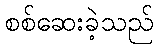
စစ်ဆေးခဲ့သည်